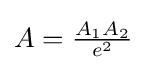
A={\tfrac {A_{1}A_{2}}{e^{2}}}